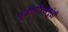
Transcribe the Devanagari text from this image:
मुंडीगोरखमुंडी